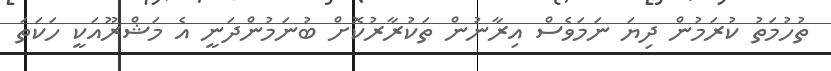
ތުހުމަތު ކުރަމުން ދިޔަ ނަމަވެސް އިރާނުން ތަކުރާރުކޮށް ބުނަމުންދަނީ އެ މަޝްރޫއަކީ ހަކަތަ